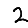
Digit: 2